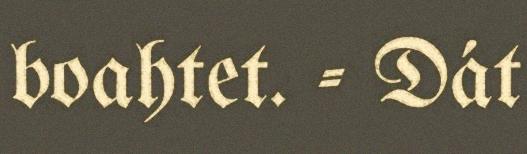
boahtet. - Dát